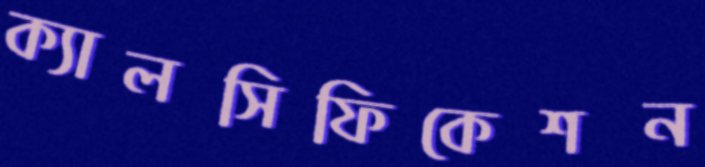
ক্যালসিফিকেশন